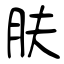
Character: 肤